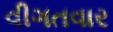
વીગતવાર